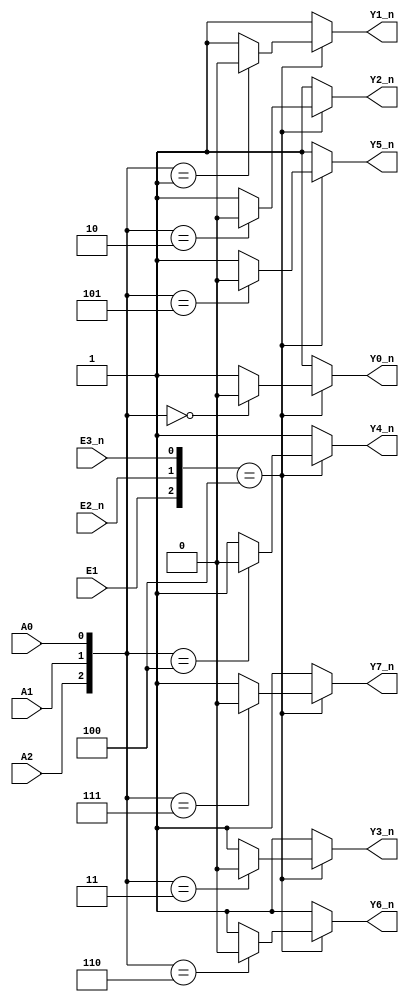
`timescale 1ns / 1ps
//////////////////////////////////////////////////////////////////////////////////
// Company: Xilinx
// 
// Design Name: digital_base_IP
// Module Name: decode138
// Project Name: 74LS138
// Target Devices: Basys3
// Tool Versions: 
// Description: 
// 
// Dependencies: 
// 
// Revision:
// Revision 0.01 - File Created
// Additional Comments:
// 
//////////////////////////////////////////////////////////////////////////////////


module decode138(
    input wire A0,A1,A2,E1,E2_n,E3_n,
    output wire Y0_n,Y1_n,Y2_n,Y3_n,Y4_n,Y5_n,Y6_n,Y7_n
    );
    
    reg [7:0]y;
    integer i;
    
    always@*
        if({E1,E2_n,E3_n} == 3'b100)
            for(i=0; i<=7; i=i+1)
                if({A2,A1,A0} == i)
                    y[i]=0;
                else
                    y[i]=1;
        else
            y = 8'hff;
            
    assign Y0_n = y[0];            
    assign Y1_n = y[1];            
    assign Y2_n = y[2];            
    assign Y3_n = y[3];            
    assign Y4_n = y[4];            
    assign Y5_n = y[5];            
    assign Y6_n = y[6];            
    assign Y7_n = y[7];
                
endmodule